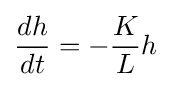
{\frac {dh}{dt}}=-{\frac {K}{L}}h